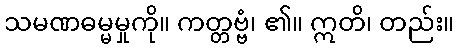
သမဏဓမ္မမှုကို။ ကတ္တဗ္ဗံ၊ ၏။ ဣတိ၊ တည်း။